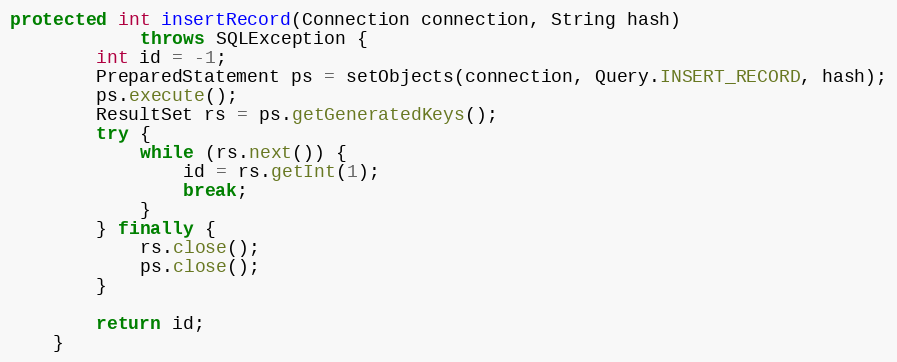
Language: Java
protected int insertRecord(Connection connection, String hash)
            throws SQLException {
        int id = -1;
        PreparedStatement ps = setObjects(connection, Query.INSERT_RECORD, hash);
        ps.execute();
        ResultSet rs = ps.getGeneratedKeys();
        try {
            while (rs.next()) {
                id = rs.getInt(1);
                break;
            }
        } finally {
            rs.close();
            ps.close();
        }

        return id;
    }